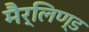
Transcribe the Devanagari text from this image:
मैर्लिण्ड